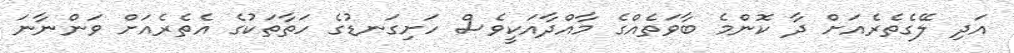
އަދި ލޭގެތެރެއަށް ދާ ކޮންމެ ބާވަތެއްގެ މާއްދާއަކީވެސް ހަށިގަނޑުގެ ހަތާތަކުގެ އެތެރެއަށް ވަންނާނަ